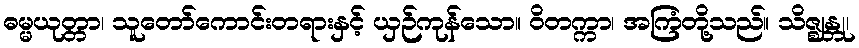
ဓမ္မယုတ္တာ၊ သူတော်ကောင်းတရားနှင့် ယှဉ်ကုန်သော။ ဝိတက္ကာ၊ အကြံတို့သည်။ သိဇ္ဈန္တု၊